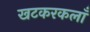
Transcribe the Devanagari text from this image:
खटकरकलाँ